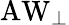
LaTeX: \mathrm{AW_{\perp}}